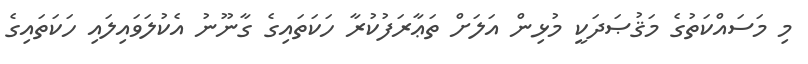
މި މަސައްކަތުގެ މަޤުޞަދަކީ މުޅިން އަލަށް ތަޢާރަފުކުރާ ހަކަތައިގެ ގާނޫނު އެކުލަވައިލައި ހަކަތައިގެ